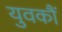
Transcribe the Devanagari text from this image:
युवकौं